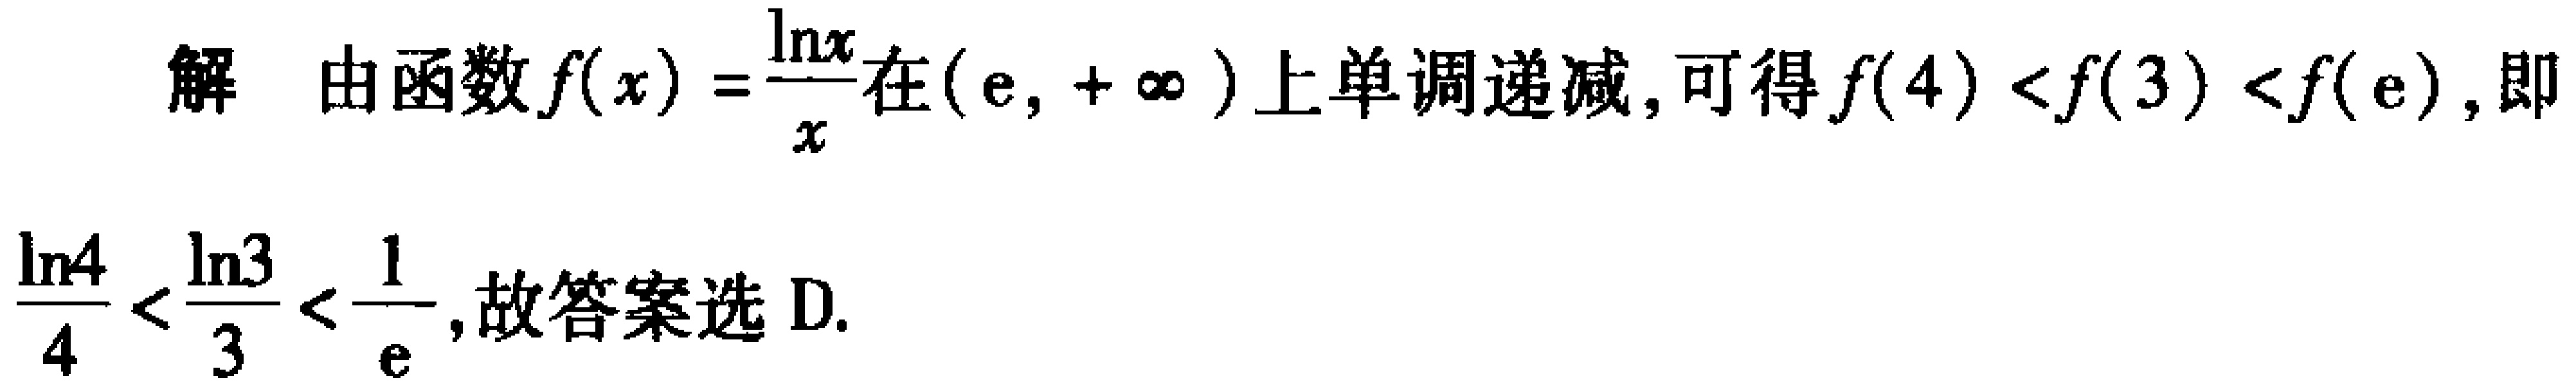
解 由函数\(f(x)=\frac{\ln x}{x}\)在\((e,+\infty)\)上单调递减，可得\(f(4)<f(3)<f(e)\)，即
\(\frac{\ln 4}{4}<\frac{\ln 3}{3}<\frac{1}{e}\)，故答案选 D.